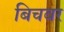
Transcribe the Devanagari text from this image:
बिचवर